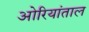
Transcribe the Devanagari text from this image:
ओरियांताल